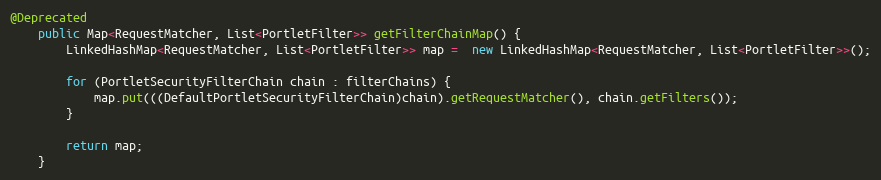
Language: Java
@Deprecated
    public Map<RequestMatcher, List<PortletFilter>> getFilterChainMap() {
        LinkedHashMap<RequestMatcher, List<PortletFilter>> map =  new LinkedHashMap<RequestMatcher, List<PortletFilter>>();

        for (PortletSecurityFilterChain chain : filterChains) {
            map.put(((DefaultPortletSecurityFilterChain)chain).getRequestMatcher(), chain.getFilters());
        }

        return map;
    }